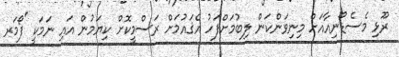
ރޫޅި މެސެޑޯނިއާއަށް މިނިވަންކަން ލިބުމަށްފަހު އެޤައުމަށް ރަސްމީކޮށް ކިޔަމުން އައި ނަމަކީ 'ފޯމަރ